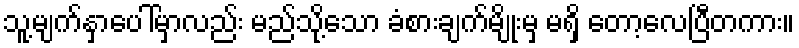
သူ့မျက်နှာပေါ်မှာလည်း မည်သို့သော ခံစားချက်မျိုးမှ မရှိ တော့လေပြီတကား။